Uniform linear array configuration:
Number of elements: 24
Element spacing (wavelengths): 0.25
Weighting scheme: hann
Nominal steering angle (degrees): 0
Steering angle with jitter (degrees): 1.931
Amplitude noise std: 0.05
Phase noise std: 0.05

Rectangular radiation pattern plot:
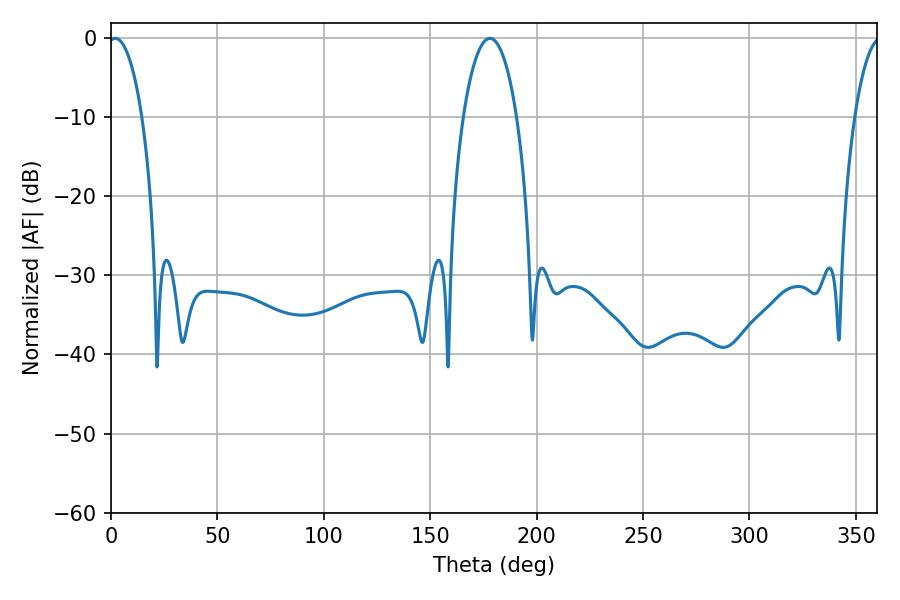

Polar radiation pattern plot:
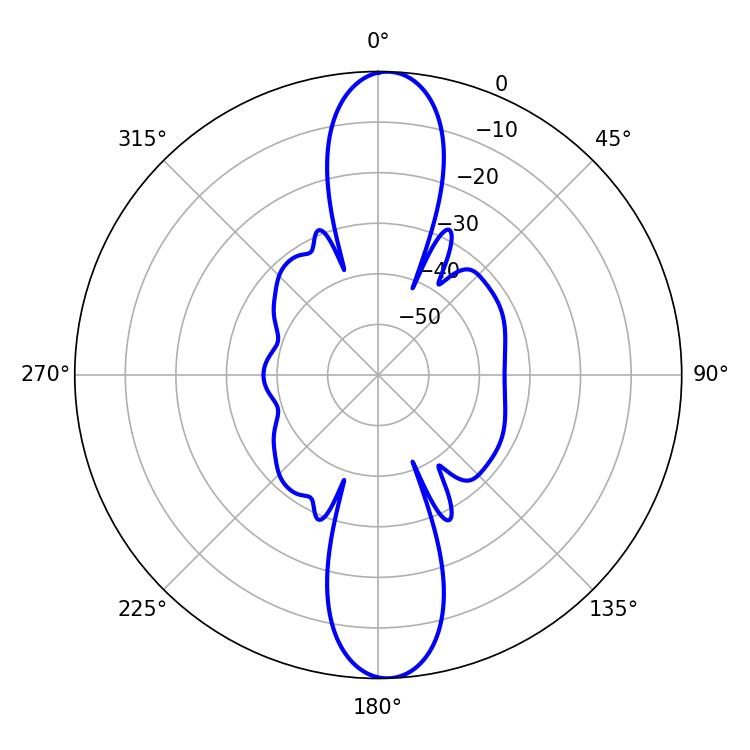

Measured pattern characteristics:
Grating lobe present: FALSE
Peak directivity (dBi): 20.454
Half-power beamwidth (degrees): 14.04
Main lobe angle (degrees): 178.02